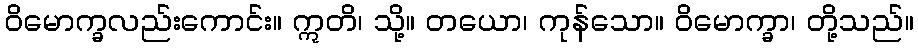
ဝိမောက္ခလည်းကောင်း။ ဣတိ၊ သို့။ တယော၊ ကုန်သော။ ဝိမောက္ခာ၊ တို့သည်။